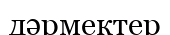
дәрмектер